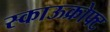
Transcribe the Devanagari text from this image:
स्काऊक्रोफ्ट